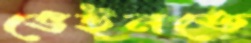
ভেইনতে